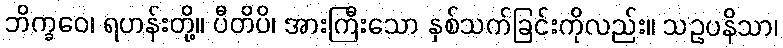
ဘိက္ခဝေ၊ ရဟန်းတို့။ ပီတိပိ၊ အားကြီးသော နှစ်သက်ခြင်းကိုလည်း။ သဥပနိသာ၊